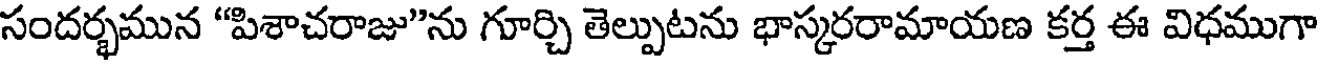
సందర్భమున "పిశాచరాజు"ను గూర్చి తెల్పుటను భాస్కరరామాయణ కర్త ఈ విధముగా